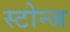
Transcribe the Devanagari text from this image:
स्टोन्ज